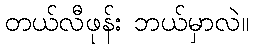
တယ်လီဖုန်း ဘယ်မှာလဲ။